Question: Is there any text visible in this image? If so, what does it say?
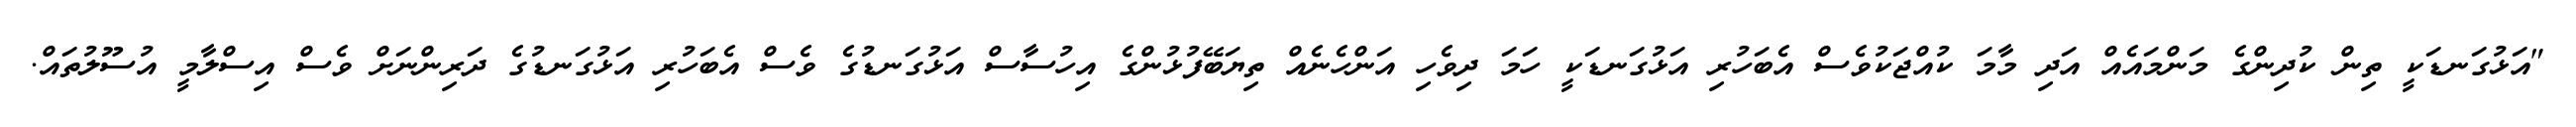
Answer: "އަޅުގަނޑަކީ ތިން ކުދިންގެ މަންމައެއް އަދި މާމަ ކުއްޖަކުވެސް އެބަހުރި އަޅުގަނޑަކީ ހަމަ ދިވެހި އަންހެނެއް ތިޔަބޭފުޅުންގެ އިހުސާސް އަޅުގަނޑުގެ ވެސް އެބަހުރި އަޅުގަނޑުގެ ދަރިންނަށް ވެސް އިސްލާމީ އުސޫލުތައް.